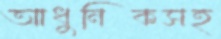
আধুনিকসহ